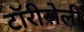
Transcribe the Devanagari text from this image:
टॉरीसेली